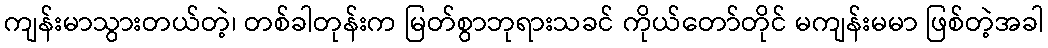
ကျန်းမာသွားတယ်တဲ့၊ တစ်ခါတုန်းက မြတ်စွာဘုရားသခင် ကိုယ်တော်တိုင် မကျန်းမမာ ဖြစ်တဲ့အခါ